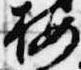
按